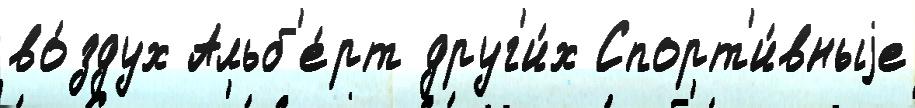
во́здух Альб'е́рт друг'и́х Спорт'и́вныjе